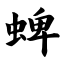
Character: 蜱